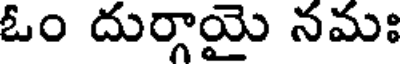
ఓం దుర్గాయై నమః